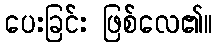
ပေးခြင်း ဖြစ်လေ၏။